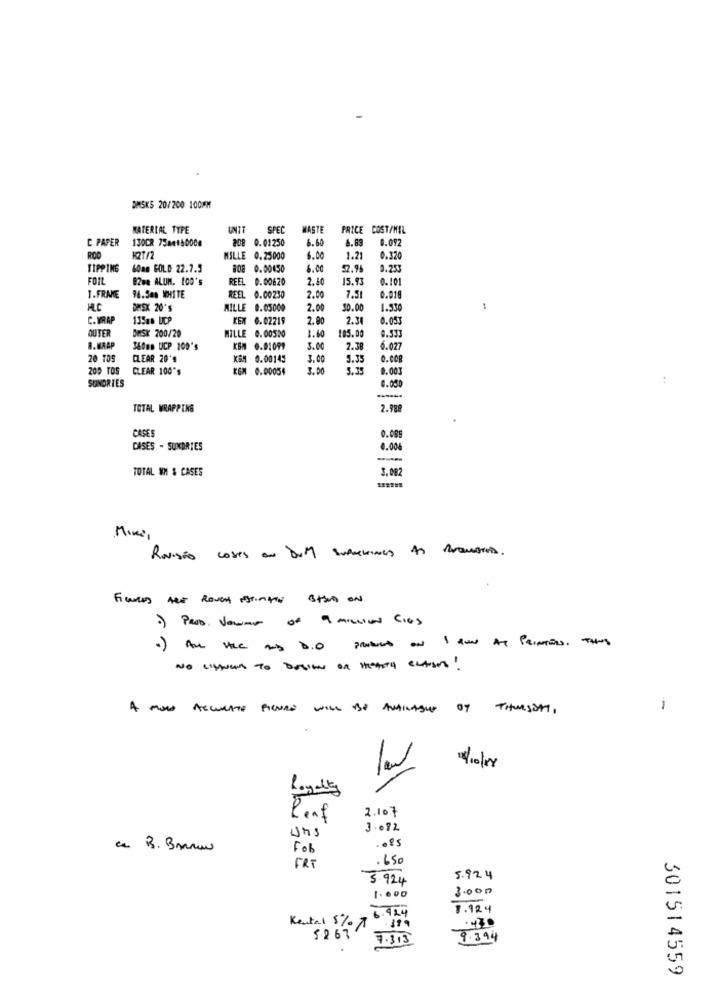
DMSKS 20/200 100MM
MATERIAL TYPE
UNTT
SPEC
HASTE
PRICE COST/MIL
C PAPER
130CR 7584150000
208 0.01250
6.60
6.69
0.092
ROD
127/2
MILLE 0.25000
1.21
0.320
TIPPING
60mm GOLD 22.7.5
808 0.00450
6.00
52.96
0.253
FOIL
828a ALUM. 100'S
REEL 0.00620
2.80
15.93
0.101
94.5mm WHITE
T.FRAME
REEL 0.00230
2.00
7.51
0.01
MLC
DISK 20'S
MILLE 0.05000
2.00
50.00
1.530
1
C. WRAP
135am UCP
KEN 0.02219
2.90
2.34
0.053
OUTER
DESK 200/20
MILLE
0.533
0.00500
1.60
185.00
8. KAAP
360mm UCP 200's
KEN 0.91099
3.00
2.3
6.027
20 TOS
CLEAR 20'9
K&M 0.00145
3.00
5.35
.COR
200 TOS
CLEAR 100's
KEM 0.00054
5.35
0.003
SUNDRIES
4.050
TOTAL WRAPPING
2.988
CASES
0.005
CASES - SUNDRIES
0.006
TOTAL NH & CASES
3.082
Mini
Revisão coses au Dum surnames 43 BuQueras.
NO Llen to basics on theAs CLAirs!
A MORE ACCURATE FIGURE WILL BE AVAILABLE ON THURSDAY,
-
Loyalty
2.107
leaf
3.072
uns
.of
Fob
650
FRT
3.924
5.924
3.000
1.600
6.924
8.124
Kental 5% 7 399
$267
7.313
9.394
.
301514559